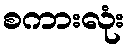
စကားလုံး